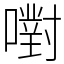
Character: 嚉